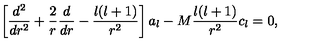
\left[ { \frac { d ^ { 2 } } { d r ^ { 2 } } } + { \frac { 2 } { r } } { \frac { d } { d r } } - { \frac { l ( l + 1 ) } { r ^ { 2 } } } \right] a _ { l } - M { \frac { l ( l + 1 ) } { r ^ { 2 } } } c _ { l } = 0 ,